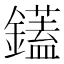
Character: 鑉